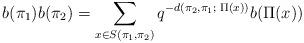
LaTeX: \begin{align*}b(\pi_1)b(\pi_2) = \sum_{x\in S(\pi_1,\pi_2)} q^{-d(\pi_2,\pi_1;\; \Pi(x))} b(\Pi(x))\end{align*}